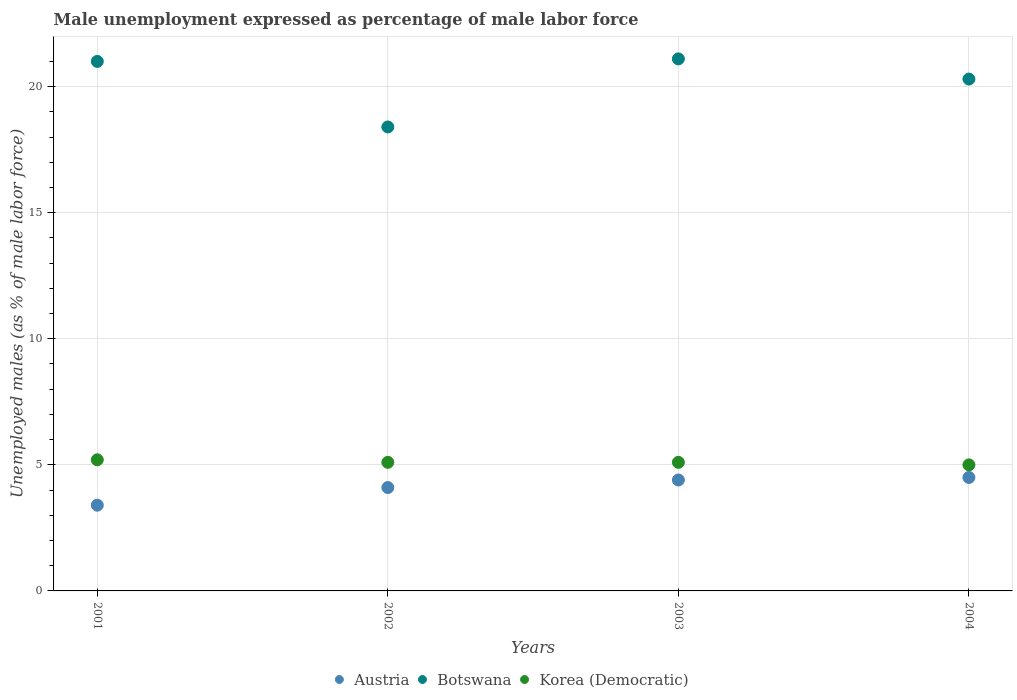
| Years | Austria | Botswana | Korea (Democratic) |
 | --- | --- | --- | --- |
 | 2001 | 3.4 | 21 | 5.2 |
 | 2002 | 4.1 | 18.4 | 5.1 |
 | 2003 | 4.4 | 21.1 | 5.1 |
 | 2004 | 4.5 | 20.3 | 5 |